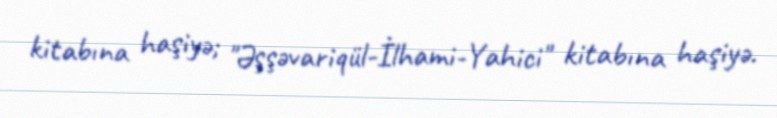
kitabına haşiyə; "Əşşəvariqül-İlhami-Yahici" kitabına haşiyə.